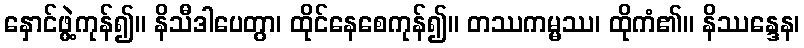
နှောင်ဖွဲ့ကုန်၍။ နိသီဒါပေတွာ၊ ထိုင်နေစေကုန်၍။ တဿကမ္မဿ၊ ထိုကံ၏။ နိဿန္ဒေန၊